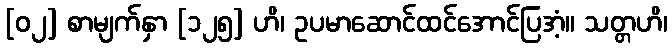
[၀၂] စာမျက်နှာ [၁၂၅] ဟိ၊ ဥပမာဆောင်ထင်အောင်ပြအံ့။ သတ္တဟိ၊